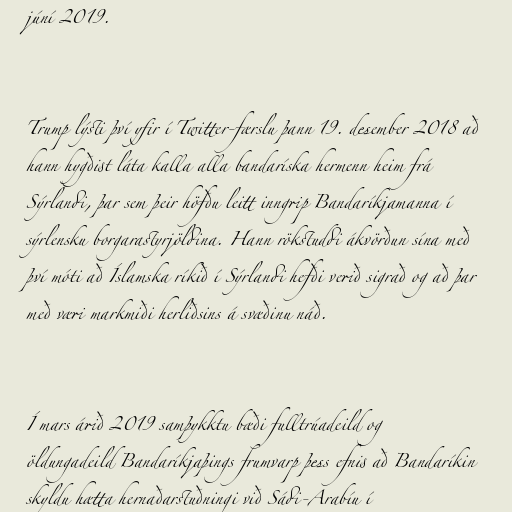
júní 2019.

Trump lýsti því yfir í Twitter-færslu þann 19. desember 2018 að
hann hygðist láta kalla alla bandaríska hermenn heim frá
Sýrlandi, þar sem þeir höfðu leitt inngrip Bandaríkjamanna í
sýrlensku borgarastyrjöldina. Hann rökstuddi ákvörðun sína með
því móti að Íslamska ríkið í Sýrlandi hefði verið sigrað og að þar
með væri markmiði herliðsins á svæðinu náð.

Í mars árið 2019 samþykktu bæði fulltrúadeild og
öldungadeild Bandaríkjaþings frumvarp þess efnis að Bandaríkin
skyldu hætta hernaðarstuðningi við Sádi-Arabíu í